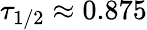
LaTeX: \tau_{1/2}\approx 0.875